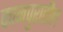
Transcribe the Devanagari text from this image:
कानपुरातील